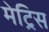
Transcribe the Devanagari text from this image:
मेट्रिस